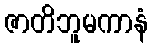
ဇာတိဘူမကာနံ